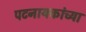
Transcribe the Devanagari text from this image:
पटनायकांच्या